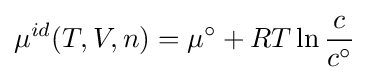
\mu ^{id}(T,V,n)=\mu ^{\circ }+RT\ln {\frac {c}{c^{\circ }}}